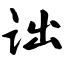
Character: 诎